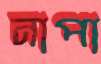
নাপা